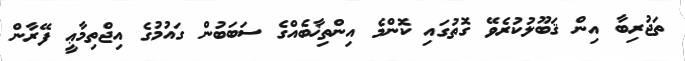
ތަޖުރިބާ އިން ޤަބޫލުކުރެވޭ ގޮތުގައި ކޮންމެ އިންތިޚާބެއްގެ ސަބަބުން ގައުމުގެ އިޖްތިމާޢީ ފޭރާން